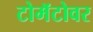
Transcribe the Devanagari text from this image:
टोमॅटोवर